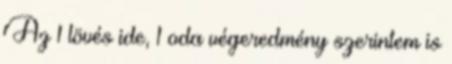
Az 1 lövés ide, 1 oda végeredmény szerintem is